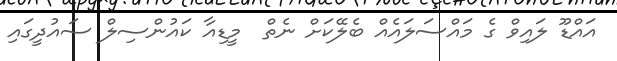
އައްޑޫ ލައިވް ގެ މައްސަލައެއް ބެލޭކަށް ނެތް  މީޑިއާ ކައުންސިލް ސައުދީގައި